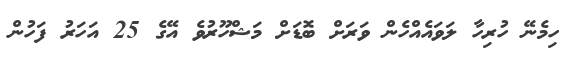
ހިމެނޭ ހުރިހާ ލަވައެއްހެން ވަރަށް ބޮޑަށް މަޝްހޫރުވެ އޭގެ 25 އަހަރު ފަހުން